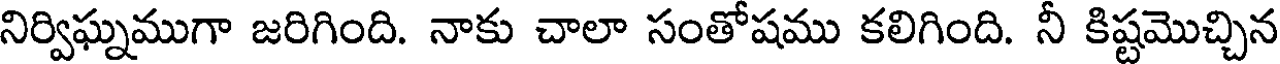
నిర్విఘ్నముగా జరిగింది. నాకు చాలా సంతోషము కలిగింది. నీ కిష్టమొచ్చిన